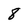
Character: 8